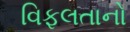
વિફલતાનો